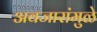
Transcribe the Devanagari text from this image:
अवजारांमुळे